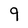
Character: 9